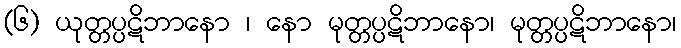
(၆) ယုတ္တပ္ပဋိဘာနော ၊ နော မုတ္တပ္ပဋိဘာနော၊ မုတ္တပ္ပဋိဘာနော၊